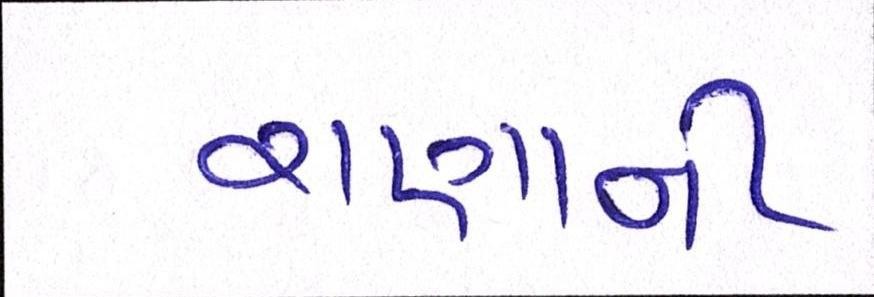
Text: રાણાની